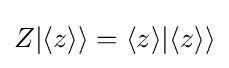
Z|\langle z\rangle \rangle =\langle z\rangle |\langle z\rangle \rangle